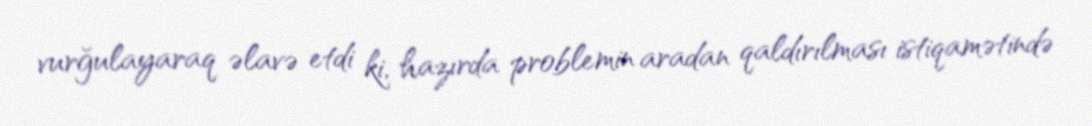
vurğulayaraq əlavə etdi ki, hazırda problemin aradan qaldırılması istiqamətində